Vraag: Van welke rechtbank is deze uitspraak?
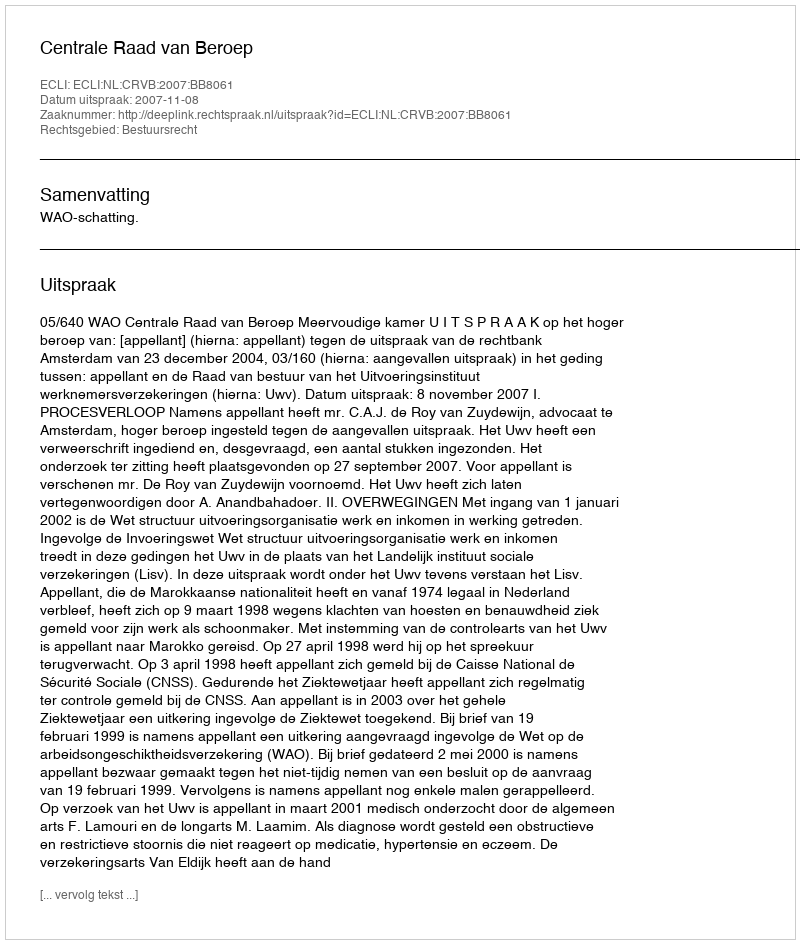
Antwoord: Centrale Raad van Beroep